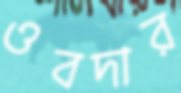
ওবদার